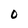
Character: 0